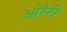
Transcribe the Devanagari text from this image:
ओरेरी